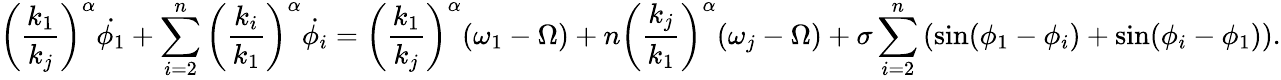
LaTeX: \left(\frac{k_{1}}{k_{j}}\right)^{\alpha}\dot{\phi_{1}}+\sum_{i=2}^{n}\left(\frac{k_{i}}{k_{1}}\right)^{\alpha}\dot{\phi_{i}}=\left(\frac{k_{1}}{k_{j}}\right)^{\alpha}(\omega_{1}-\Omega)+n\left(\frac{k_{j}}{k_{1}}\right)^{\alpha}(\omega_{j}-\Omega)+\sigma\sum_{i=2}^{n}\left(\sin(\phi_{1}-\phi_{i})+\sin(\phi_{i}-\phi_{1})\right).